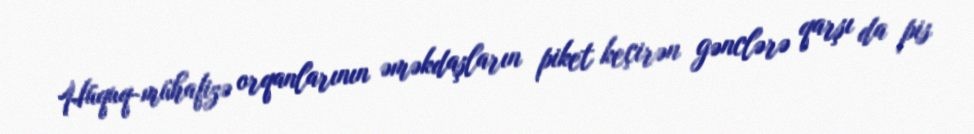
Hüquq-mühafizə orqanlarının əməkdaşların piket keçirən gənclərə qarşı da pis